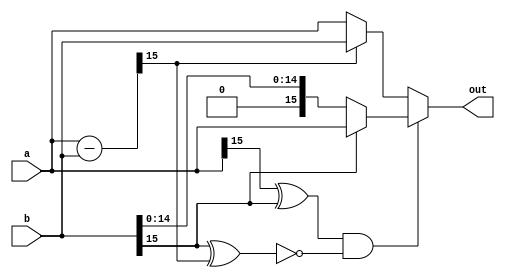
`timescale 1ns / 1ps
module max2(a, b, out);

parameter WL = 16;
parameter FL = 14;

input signed [(WL - 1):0] a;
input signed [(WL - 1):0] b;
output signed [(WL - 1):0] out;

wire signed [(WL - 1):0] sub_val;
wire overflow;

assign sub_val = a - b;
assign overflow = (a[WL - 1] ^ b[WL - 1]) & ~(b[WL - 1] ^ sub_val[WL - 1]);
assign out = overflow ? (b[WL - 1] ? a : b) : (sub_val[WL - 1] ? b : a);

endmodule